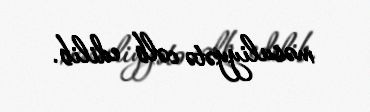
məsuliyyətə cəlb edilib.